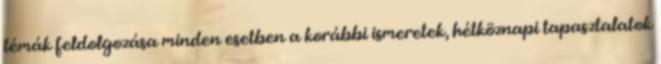
témák feldolgozása minden esetben a korábbi ismeretek, hétköznapi tapasztalatok